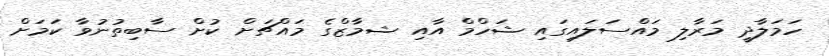
ހަމަލާދީ މަރާލި މައްސަލައިގައި ޝަހްމް އާއި ޝމާޒްގެ މައްޗަށް ކުށް ސާބިތުނުވާ ކަމަށް